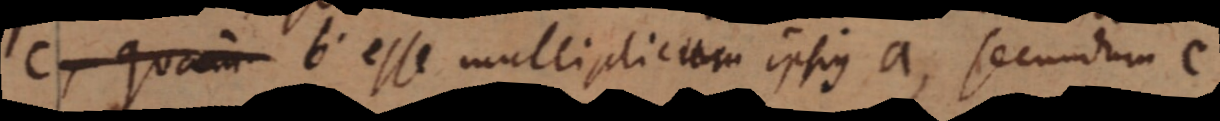
c quam b esse multiplicum ipsius a, secundum c